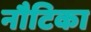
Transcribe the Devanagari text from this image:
नौटिका